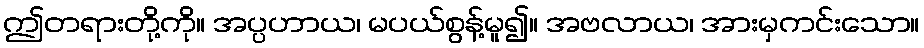
ဤတရားတို့ကို။ အပ္ပဟာယ၊ မပယ်စွန့်မူ၍။ အဗလာယ၊ အားမှကင်းသော။